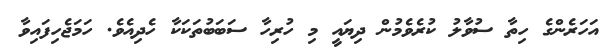
އަހަރެންގެ ހިތާ ސުވާލު ކުރެވެމުން ދިޔައީ މި ހުރިހާ ސަބަބުތަކަކާ ހެދިއެވެ. ހަމަޖެހިފައިވާ